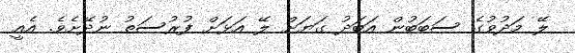
ލޭ މަދުވުގެ ސަބަބުން އަބަދު ގަޔަށް ލޭ އަޅަށް ފުރުސަތު ނުދޭށެވެ. އެއީ